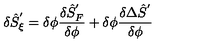
\delta { \hat { S } } _ { \xi } ^ { ' } = \delta \phi \frac { \delta { \hat { S } } _ { F } ^ { ' } } { \delta \phi } + \delta \phi \frac { \delta \Delta { \hat { S } } ^ { ' } } { \delta \phi }